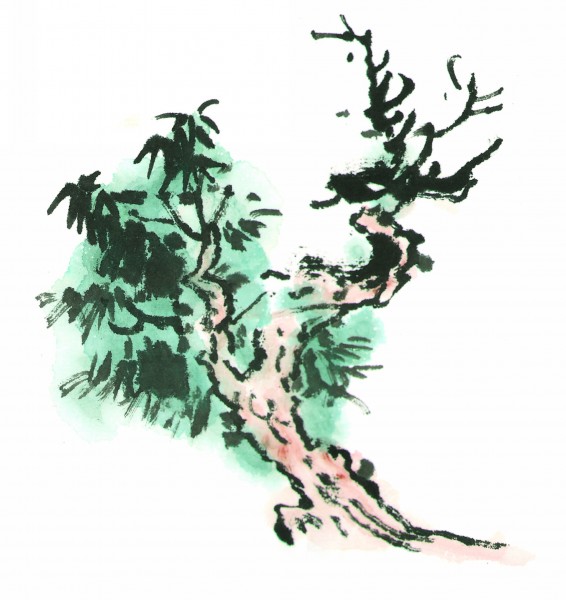
非其地而树之，不生也。